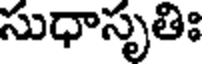
సుధాసృతిః